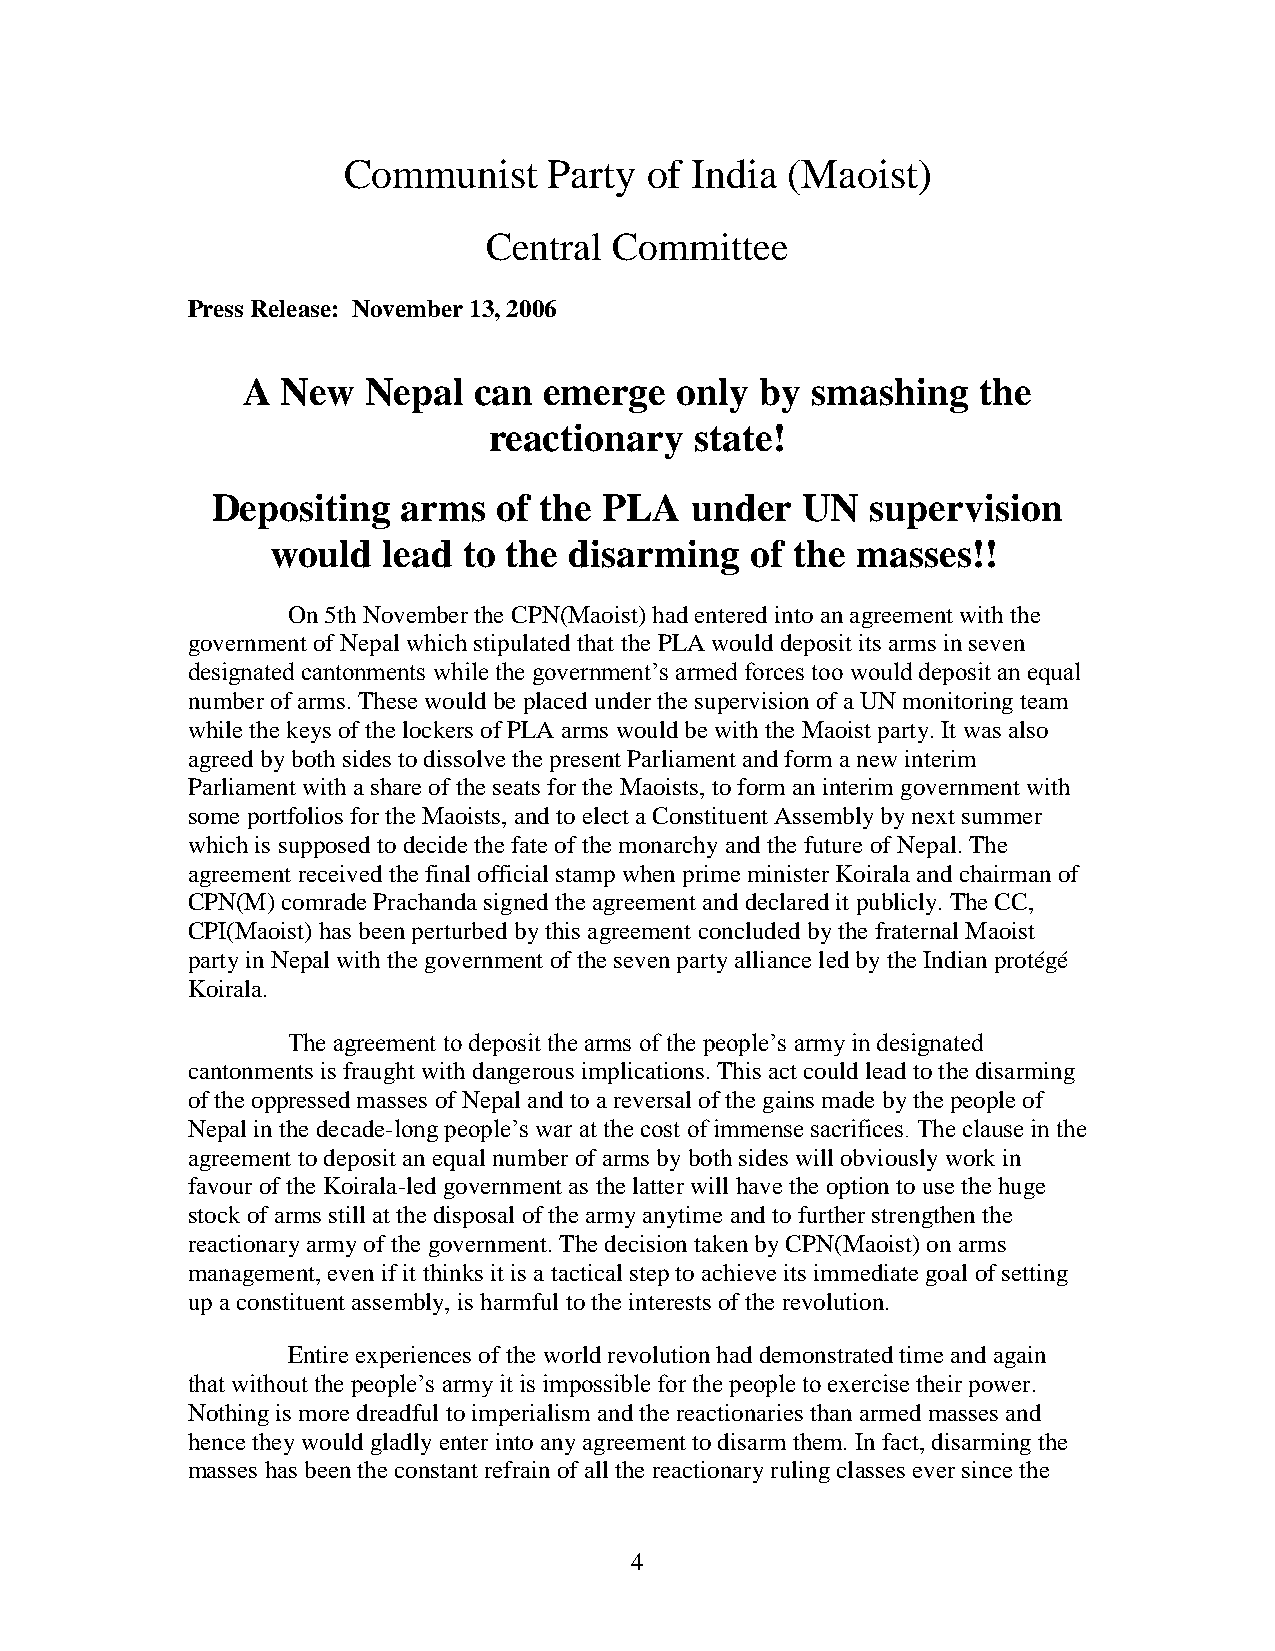
Communist    Party  of India (Maoist)
 Central  Committee
 Press Release: November 13, 2006
 A  New  Nepal  can  emerge   only by  smashing   the
 reactionary   state!
 Depositing   arms  of the PLA   under  UN   supervision
 would  lead  to the disarming   of the masses!!
 On 5th November the CPN(Maoist) had entered into an agreement with the
 government of Nepal which stipulated that the PLA would deposit its arms in seven
 designated cantonments while the government‘s armed forces too would deposit an equal
 number of arms. These would be placed under the supervision of a UN monitoring team
 while the keys of the lockers of PLA arms would be with the Maoist party. It was also
 agreed by both sides to dissolve the present Parliament and form a new interim
 Parliament with a share of the seats for the Maoists, to form an interim government with
 some portfolios for the Maoists, and to elect a Constituent Assembly by next summer
 which is supposed to decide the fate of the monarchy and the future of Nepal. The
 agreement received the final official stamp when prime minister Koirala and chairman of
 CPN(M) comrade Prachanda signed the agreement and declared it publicly. The CC,
 CPI(Maoist) has been perturbed by this agreement concluded by the fraternal Maoist
 party in Nepal with the government of the seven party alliance led by the Indian protégé
 Koirala.
 The agreement to deposit the arms of the people‘s army in designated
 cantonments is fraught with dangerous implications. This act could lead to the disarming
 of the oppressed masses of Nepal and to a reversal of the gains made by the people of
 Nepal in the decade-long people‘s war at the cost of immense sacrifices. The clause in the
 agreement to deposit an equal number of arms by both sides will obviously work in
 favour of the Koirala-led government as the latter will have the option to use the huge
 stock of arms still at the disposal of the army anytime and to further strengthen the
 reactionary army of the government. The decision taken by CPN(Maoist) on arms
 management, even if it thinks it is a tactical step to achieve its immediate goal of setting
 up a constituent assembly, is harmful to the interests of the revolution.
 Entire experiences of the world revolution had demonstrated time and again
 that without the people‘s army it is impossible for the people to exercise their power.
 Nothing is more dreadful to imperialism and the reactionaries than armed masses and
 hence they would gladly enter into any agreement to disarm them. In fact, disarming the
 masses has been the constant refrain of all the reactionary ruling classes ever since the
 4